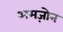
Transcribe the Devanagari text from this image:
अमज़ोन